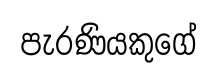
පැරණියකුගේ